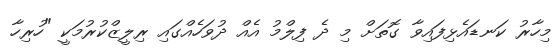
މިހާރު ކަނޑައެޅިފައިވާ ގޮތަށް މި ދެ ފިލްމު އެއް ދުވަހެއްގައި ރިލީޒްކުރުމަކީ "ހުރިހާ